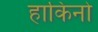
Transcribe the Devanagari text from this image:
हाकिनो